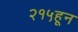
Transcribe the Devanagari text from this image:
२१५हून